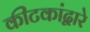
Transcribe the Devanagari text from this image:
कीटकांद्वारे